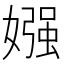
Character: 𡠤